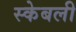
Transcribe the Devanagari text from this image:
स्केबली